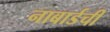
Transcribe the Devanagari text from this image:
नाबार्डची